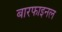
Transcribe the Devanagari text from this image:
बारफाइनल